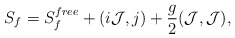
\begin{align*}S_f=S^{free}_f +(i{\cal J},j)+{g\over 2}({\cal J},{\cal J}),\end{align*}